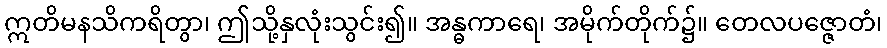
ဣတိမနသိကရိတွာ၊ ဤသို့နှလုံးသွင်း၍။ အန္ဓကာရေ၊ အမိုက်တိုက်၌။ တေလပဇ္ဇောတံ၊